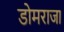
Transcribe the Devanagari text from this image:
डोमराजा